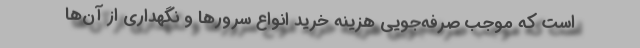
است که موجب صرفه‌جویی هزینه خرید انواع سرورها و نگهداری از آن‌ها